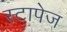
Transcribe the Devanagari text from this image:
स्टापेज